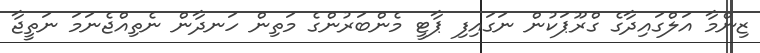
ޒިންމާ އަލްގައިދާގެ ގްރޫޕަކުން ނަގައިފި ޕާޓީ މެންބަރުންގެ މަތިން ހަނދާން ނެތިއްޖެނަމަ ނަތީޖާ